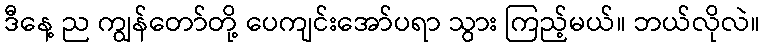
ဒီနေ့ ည ကျွန်တော်တို့ ပေကျင်းအော်ပရာ သွား ကြည့်မယ်။ ဘယ်လိုလဲ။